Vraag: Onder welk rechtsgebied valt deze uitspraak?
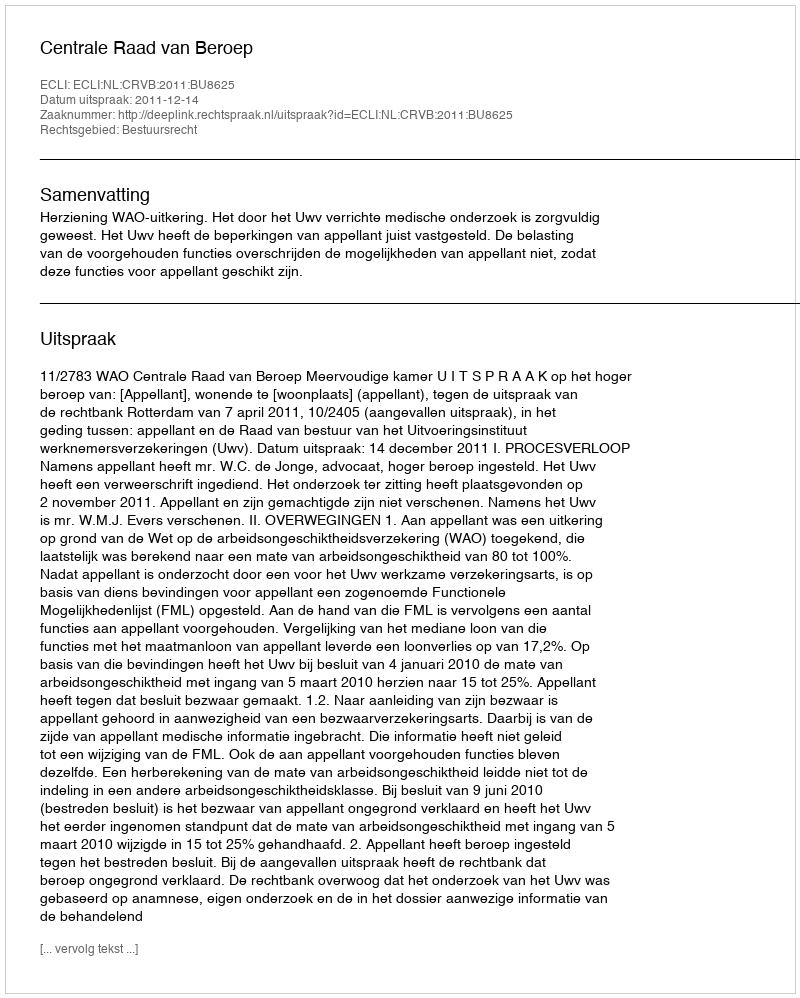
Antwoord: Bestuursrecht